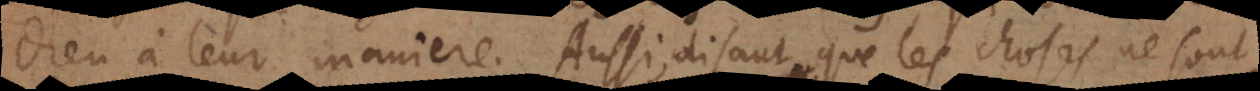
Dieu à leur maniere. Aussi, disant que les choses ne sont